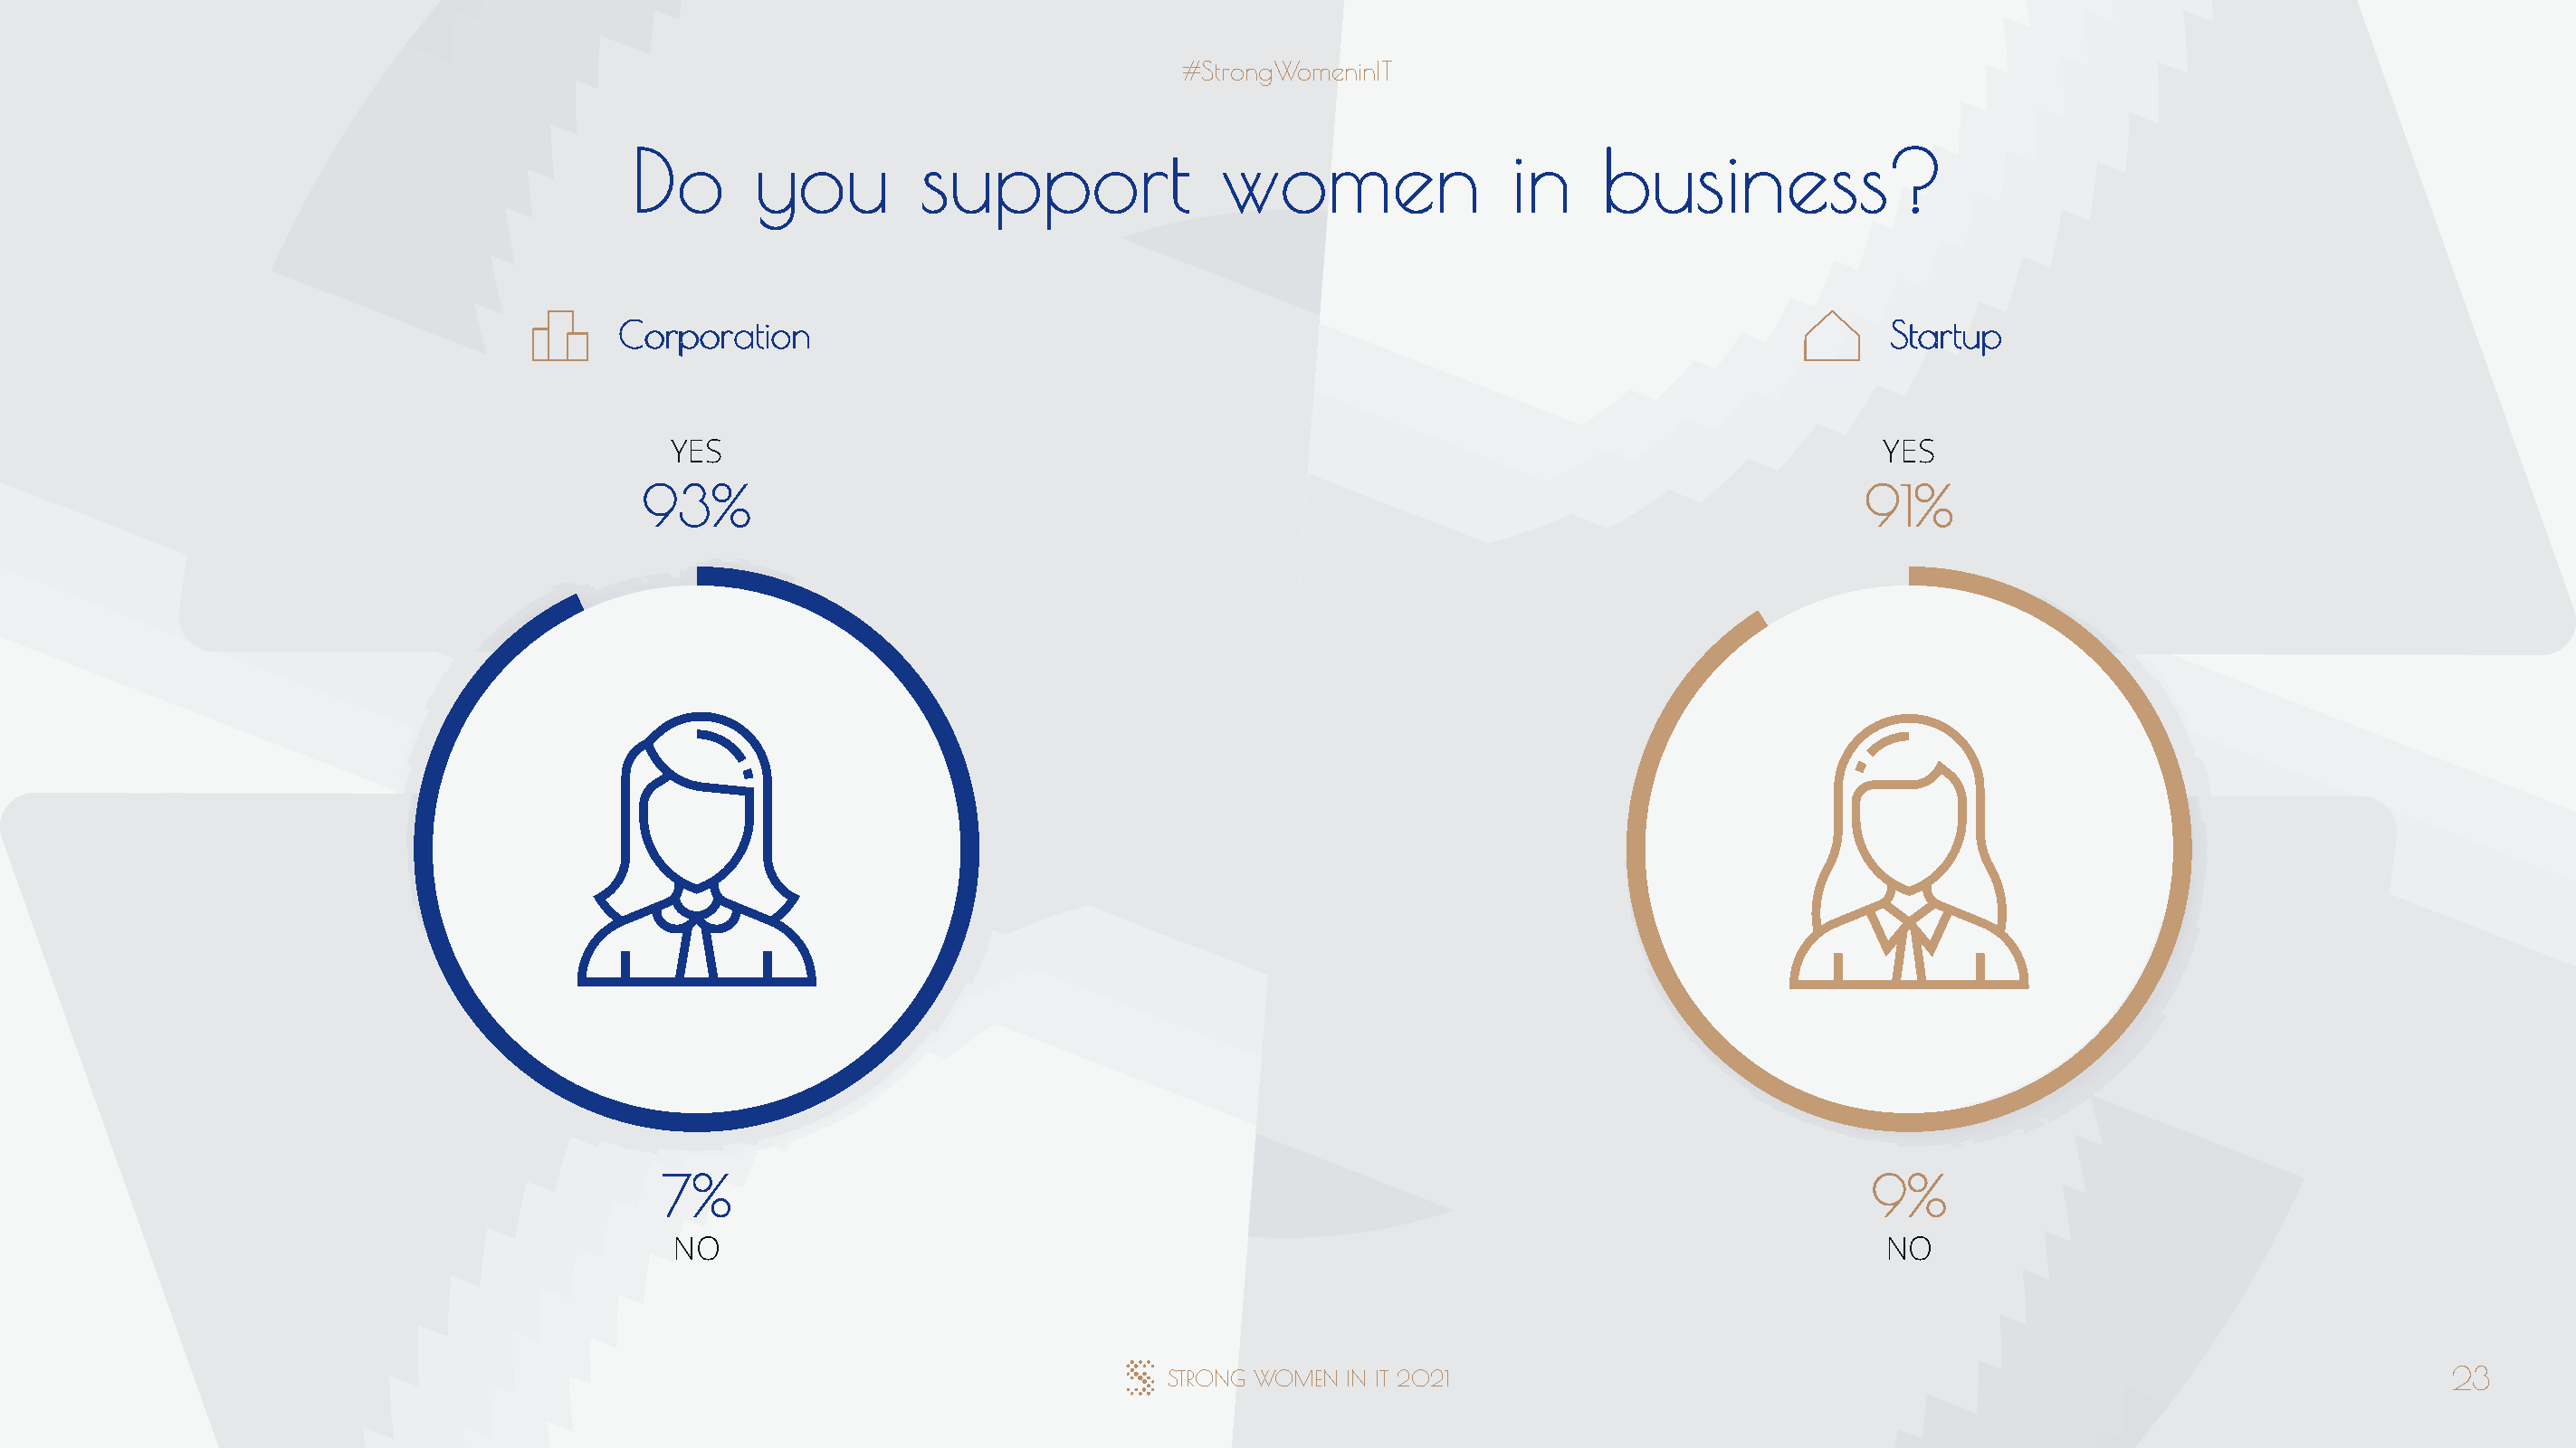
#StrongWomeninIT
 Do       you         support               women                 in    business?
 Corporation                                                                                  Startup
 YES                                                                                      YES
 93%                                                                                      91%
 7%                                                                                       9%
 NO                                                                                       NO
 STRONG WOMEN  IN IT 2021                                                                      23